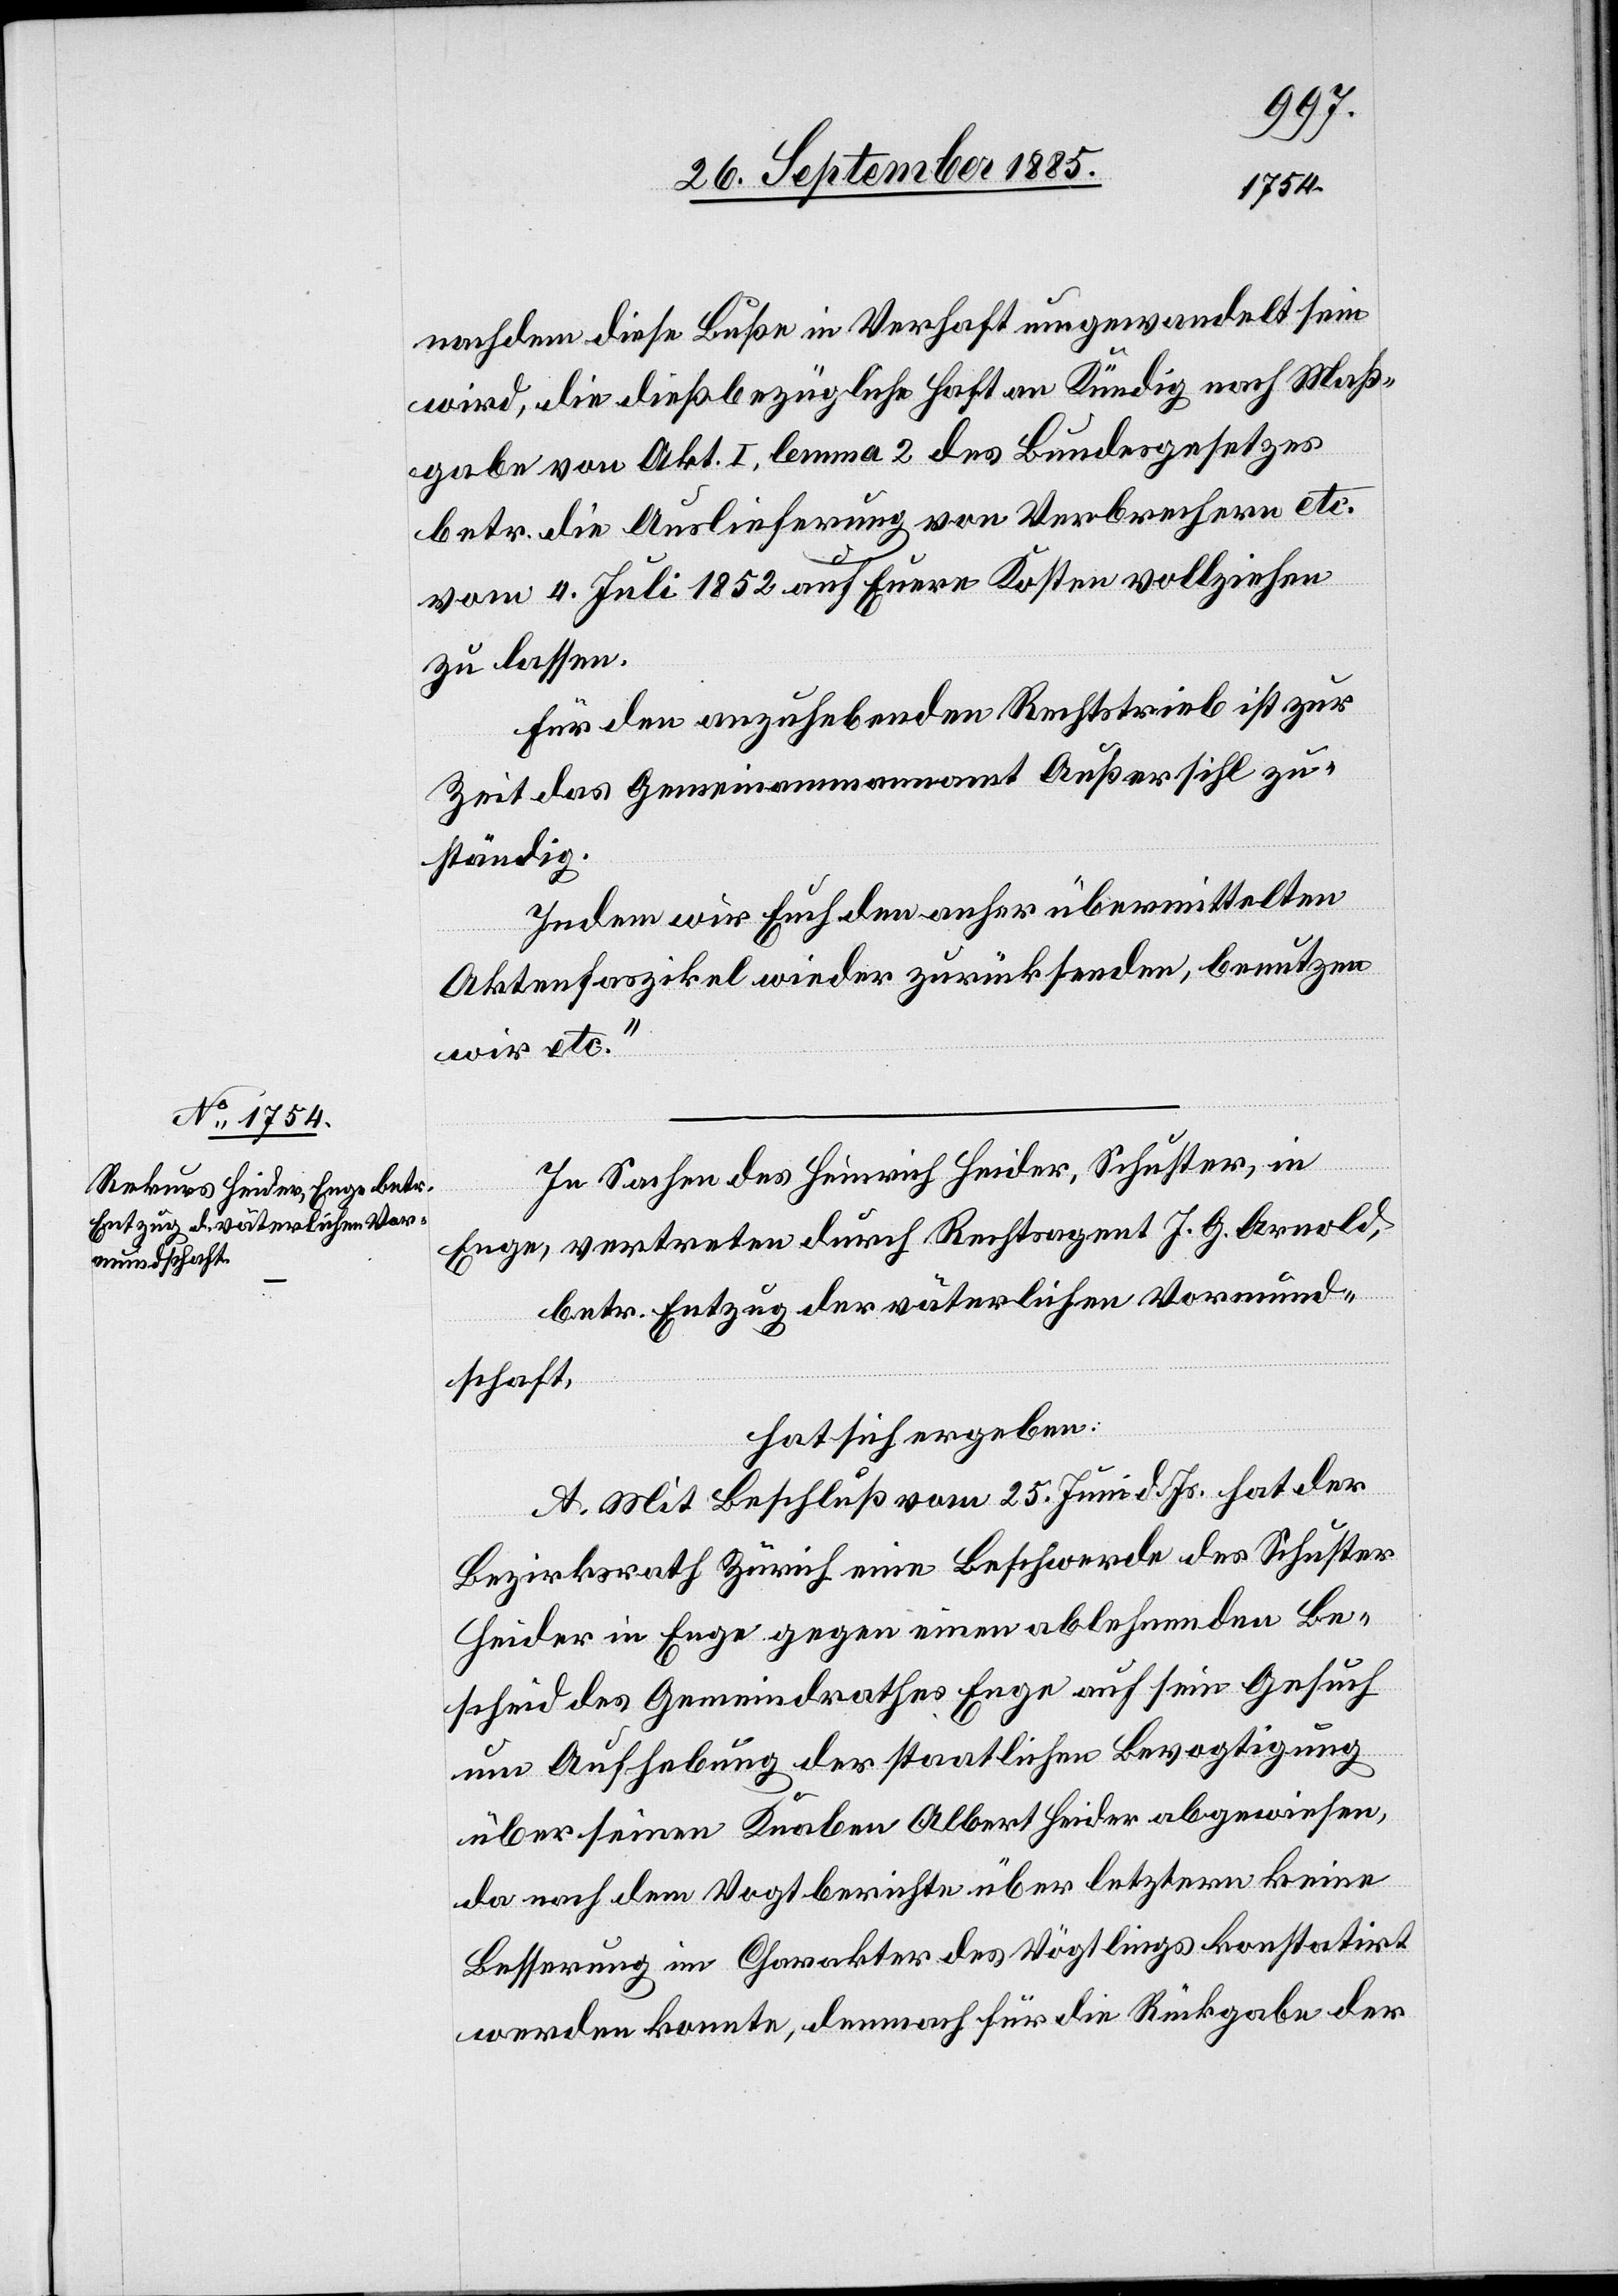
nachdem diese Buße in Verhaft umgewandelt sein
wird, die dießbezügliche Haft an Kündig nach Maß¬
gabe von Akt. I, lemma 2 des Bundesgesetzes
betr. die Auslieferung von Verbrechern etc.
vom 4. Juli 1852 auf Euere Kosten vollziehen
zu lassen.
Für den anzuhebenden Rechtstrieb ist zur
Zeit das Gemeindeammannamt Außersihl zu¬
ständig.
Indem wir Euch den anher übermittelten
Aktenfaszikel wieder zurücksenden, benutzen
wir etc.“
In Sachen des Heinrich Heider, Schuster, in
Enge, vertreten durch Rechtsagent J. G. Arnold,
betr. Entzug der väterlichen Vormund¬
schaft,
hat sich ergeben:
A. Mit Beschluß vom 25. Juni d. Js. hat der
Bezirksrath Zürich eine Beschwerde des Schuster
Heider in Enge gegen einen ablehnenden Be¬
scheid des Gemeindrathes Enge auf sein Gesuch
um Aufhebung der staatlichen Bevogtigung
über seinen Knaben Albert Heider abgewiesen,
da nach dem Vogtberichte über letzteren keine
Besserung im Charakter des Vögtlings konstatirt
werden konnte, demnach für die Rückgabe der